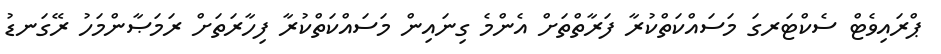
ޕްރައިވެޓް ސެކްޓަރގަ މަސައްކަތްކުރާ ފަރާތްތަށް އެންމެ ގިނައިން މަސައްކަތްކުރާ ފިހާރަތަށް ރަމަޞާންމަހު ރޭގަނޑު